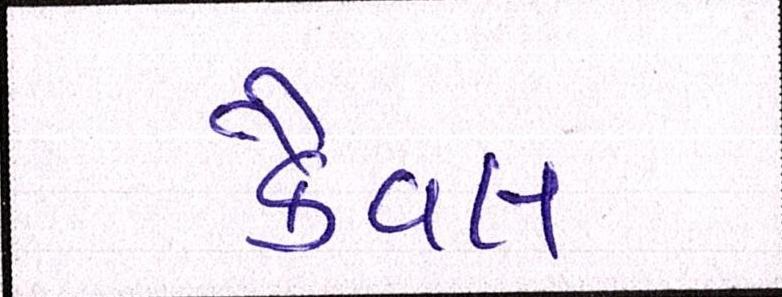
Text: કૈવલ